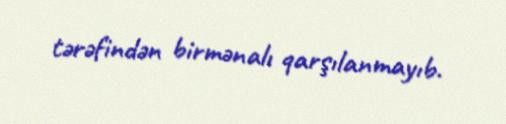
tərəfindən birmənalı qarşılanmayıb.